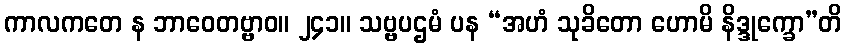
ကာလကတေ န ဘာဝေတဗ္ဗာဝ။ ၂၄၁။ သဗ္ဗပဌမံ ပန “အဟံ သုခိတော ဟောမိ နိဒ္ဒုက္ခော”တိ